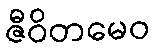
ဇီဝိတမေဝ